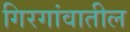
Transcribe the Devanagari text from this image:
गिरगांवातील